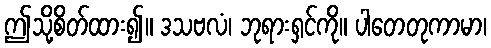
ဤသို့စိတ်ထား၍။ ဒသဗလံ၊ ဘုရားရှင်ကို။ ပါတေတုကာမာ၊